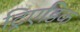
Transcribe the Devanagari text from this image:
ट्रिएडिक